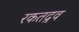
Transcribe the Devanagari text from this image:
रकतद्रव